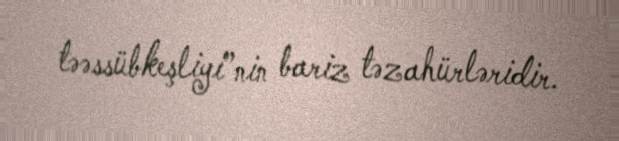
təəssübkeşliyi”nin bariz təzahürləridir.